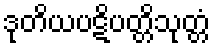
ဒုတိယပဋိပတ္တိသုတ္တံ